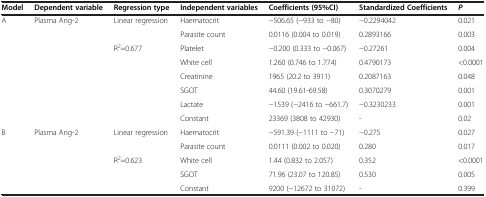
<table><thead><tr><td><b>Model</b></td><td><b>Dependent variable</b></td><td><b>Regression type</b></td><td><b>Independent variables</b></td><td><b>Coefficients (95%CI)</b></td><td><b>Standardized Coefficients</b></td><td><b><i>P</i></b></td></tr></thead><tbody><tr><td>A</td><td>Plasma Ang-2</td><td>Linear regression</td><td>Haematocrit</td><td>−506.65 (−933 to −80)</td><td>−0.2294042</td><td>0.021</td></tr><tr><td> </td><td> </td><td> </td><td>Parasite count</td><td>0.0116 (0.004 to 0.019)</td><td>0.2893166</td><td>0.003</td></tr><tr><td> </td><td> </td><td>R<sup>2</sup>=0.677</td><td>Platelet</td><td>−0.200 (0.333 to −0.067)</td><td>−0.27261</td><td>0.004</td></tr><tr><td> </td><td> </td><td> </td><td>White cell</td><td>1.260 (0.746 to 1.774)</td><td>0.4790173</td><td>&lt;0.0001</td></tr><tr><td> </td><td> </td><td> </td><td>Creatinine</td><td>1965 (20.2 to 3911)</td><td>0.2087163</td><td>0.048</td></tr><tr><td> </td><td> </td><td> </td><td>SGOT</td><td>44.60 (19.61-69.58)</td><td>0.3070279</td><td>0.001</td></tr><tr><td> </td><td> </td><td> </td><td>Lactate</td><td>−1539 (−2416 to −661.7)</td><td>−0.3230233</td><td>0.001</td></tr><tr><td> </td><td> </td><td> </td><td>Constant</td><td>23369 (3808 to 42930)</td><td>-</td><td>0.02</td></tr><tr><td>B</td><td>Plasma Ang-2</td><td>Linear regression</td><td>Haematocrit</td><td>−591.39 (−1111 to −71)</td><td>−0.275</td><td>0.027</td></tr><tr><td> </td><td> </td><td> </td><td>Parasite count</td><td>0.0111 (0.002 to 0.020)</td><td>0.280</td><td>0.017</td></tr><tr><td> </td><td> </td><td>R<sup>2</sup>=0.623</td><td>White cell</td><td>1.44 (0.832 to 2.057)</td><td>0.352</td><td>&lt;0.0001</td></tr><tr><td> </td><td> </td><td> </td><td>SGOT</td><td>71.96 (23.07 to 120.85)</td><td>0.530</td><td>0.005</td></tr><tr><td> </td><td> </td><td> </td><td>Constant</td><td>9200 (−12672 to 31072)</td><td>-</td><td>0.399</td></tr></tbody></table>